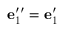
{ \bf e } _ { 1 } ^ { \prime \prime } = { \bf e } _ { 1 } ^ { \prime }